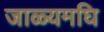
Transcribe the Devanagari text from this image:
जाळ्यमघि